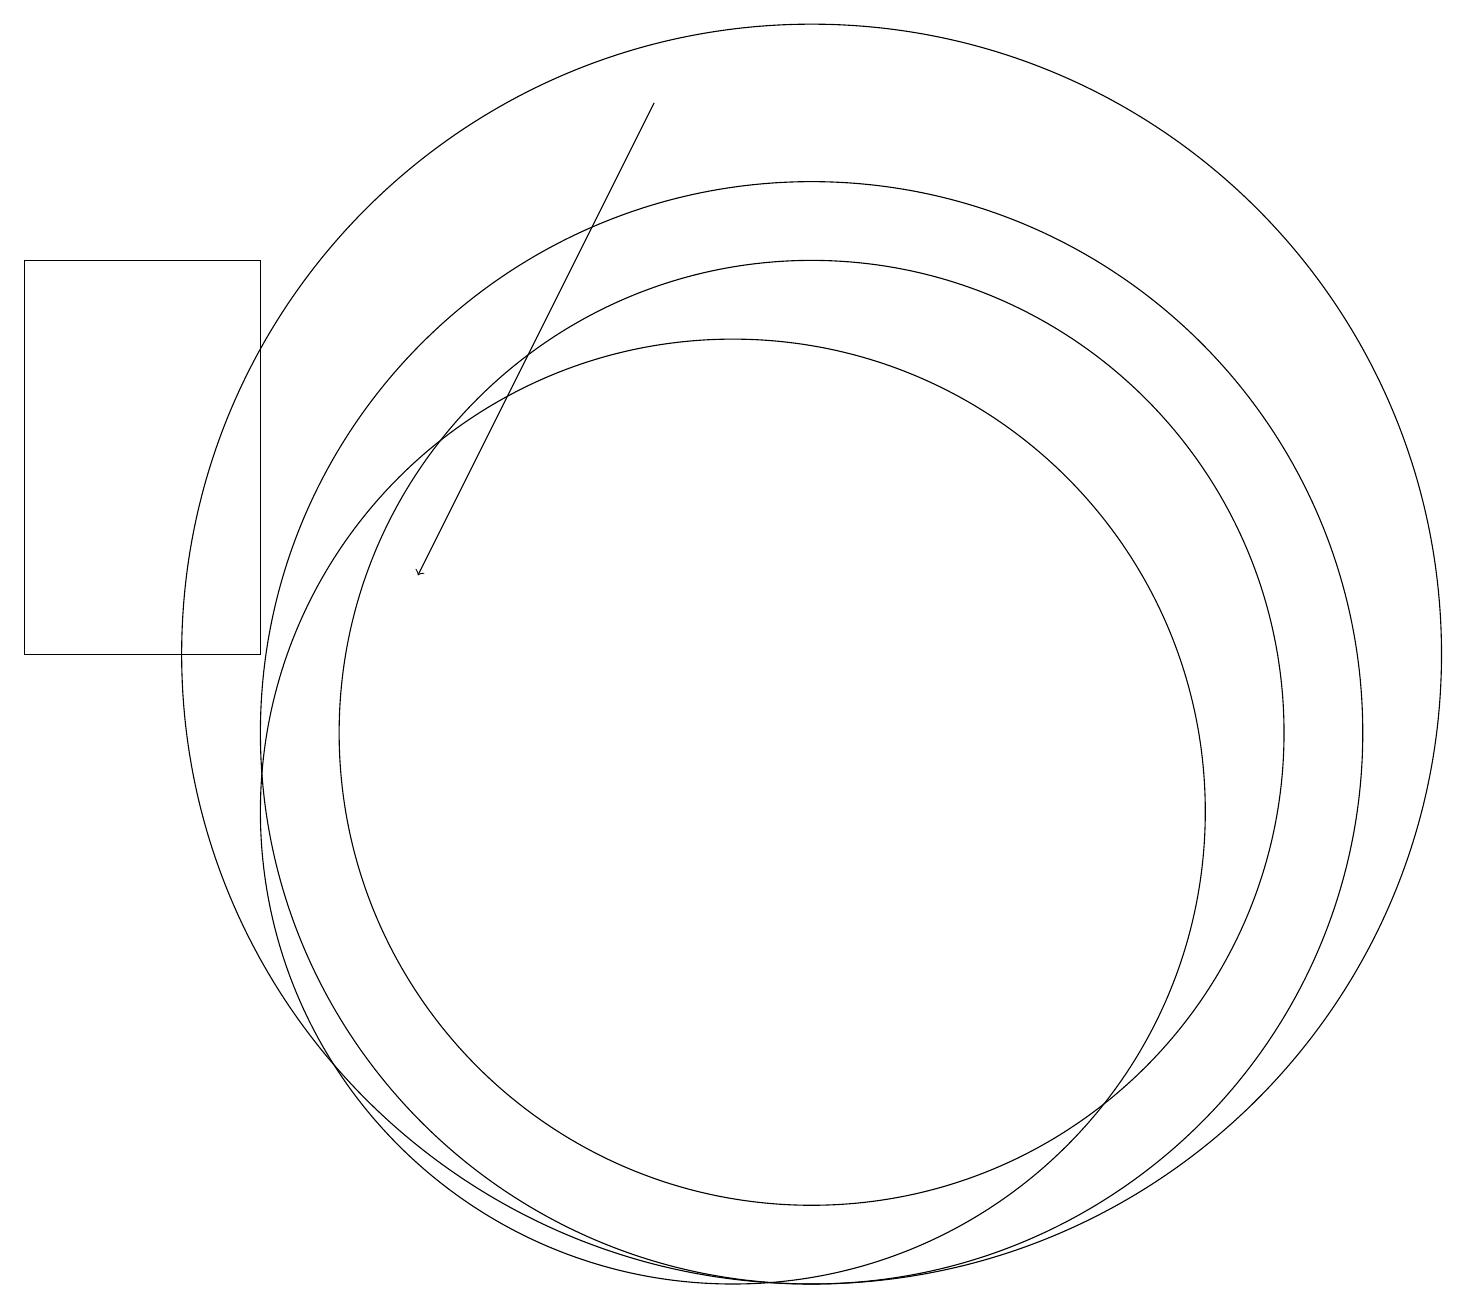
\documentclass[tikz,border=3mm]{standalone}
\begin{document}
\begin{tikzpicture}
\draw (11,11) circle (6);
\draw[->] (9,19) -- (6,13);
\draw (10,10) circle (6);
\draw (11,12) circle (8);
\draw (11,11) circle (7);
\draw (4,17) rectangle (1,12);
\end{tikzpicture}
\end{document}